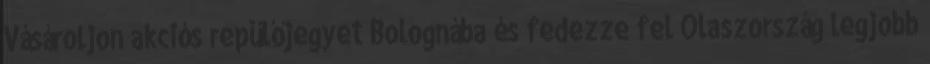
Vásároljon akciós repülőjegyet Bolognába és fedezze fel Olaszország legjobb